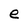
Character: e